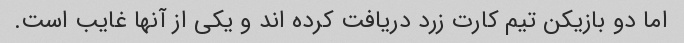
اما دو بازیکن تیم کارت زرد دریافت کرده اند و یکی از آنها غایب است.